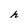
Character: h